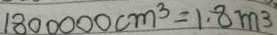
1 8 0 0 0 0 0 c m ^ { 3 } = 1 . 8 m ^ { 3 }